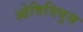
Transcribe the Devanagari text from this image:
ओविदियुस